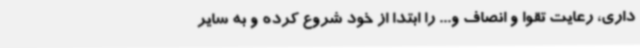
داری، رعایت تقوا و انصاف و... را ابتدا از خود شروع کرده و به سایر